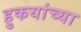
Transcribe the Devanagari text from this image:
हुकयांच्या